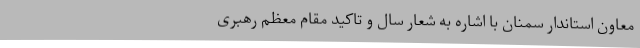
معاون استاندار سمنان با اشاره به شعار سال و تاکید مقام معظم رهبری